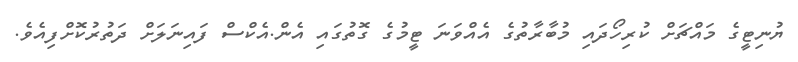
ޔުނިޓީގެ މައްޗަށް ކުރިހޯދައި މުބާރާތުގެ އެއްވަނަ ޓީމުގެ ގޮތުގައި އެން.އެކްސް ފައިނަލަށް ދަތުރުކޮށްފިއެވެ.